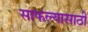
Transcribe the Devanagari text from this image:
साफल्यासाठी